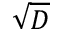
\sqrt { D }